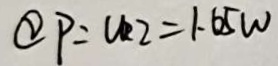
\textcircled { 2 } P = U _ { 2 } = 1 . 6 5 w